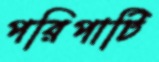
পরিপাটি